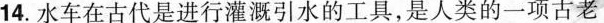
14.水车在古代是进行灌溉引水的工具，是人类的一项古老